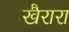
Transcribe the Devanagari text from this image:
खैरारा